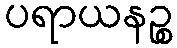
ပရာယနဉ္စ